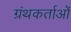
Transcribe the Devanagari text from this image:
ग्रंथकर्ताओं